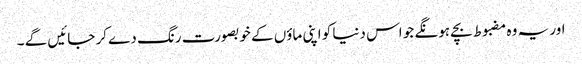
اور یہ وہ مضبوط بچے ہونگے جو اس دنیا کو اپنی ماؤں کے خوبصورت رنگ دے کر جائیں گے ۔